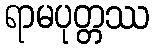
ရာမပုတ္တဿ